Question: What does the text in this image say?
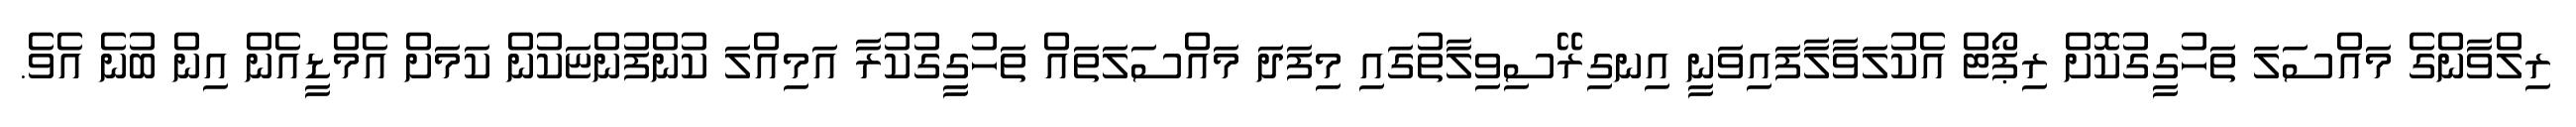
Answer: ރިލްވާންގެ މައްސަލަ ތަހުގީގުކޮށް ރިޕޯޓް އެކުލަވާލާފައިވަނީ އިނގިރޭސިވިލާތުގައި މިފަދަ މައްސަލަތައް ތަހުގީގުކުރާ އަމިއްލަ ކުންފުންޏަކުން ކަމަށް އެމްޑީއެން އިން ބުނެ އެވެ.